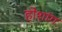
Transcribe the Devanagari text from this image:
होशांग